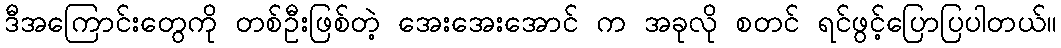
ဒီအကြောင်းတွေကို တစ်ဦးဖြစ်တဲ့ အေးအေးအောင် က အခုလို စတင် ရင်ဖွင့်ပြောပြပါတယ်။